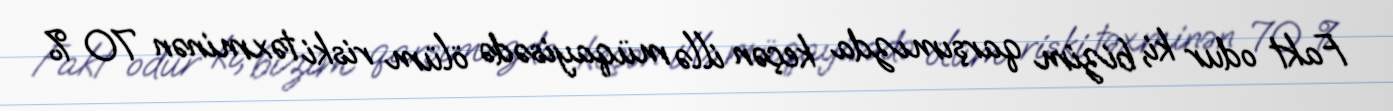
Fakt odur ki, bizim qarşımızda keçən illə müqayisədə ölüm riski təxminən 70 %